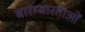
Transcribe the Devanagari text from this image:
बारम्बारताओं